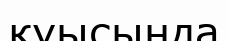
қуысында